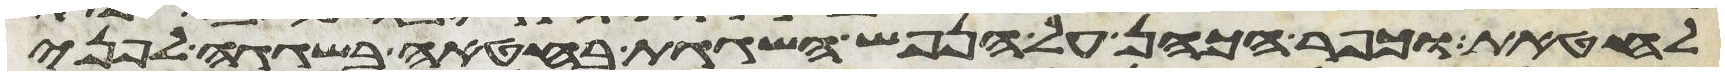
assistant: לחטאת וכפר הכהן על הנפש השגגת בחטאה בשגגה לפני